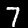
Digit: 7